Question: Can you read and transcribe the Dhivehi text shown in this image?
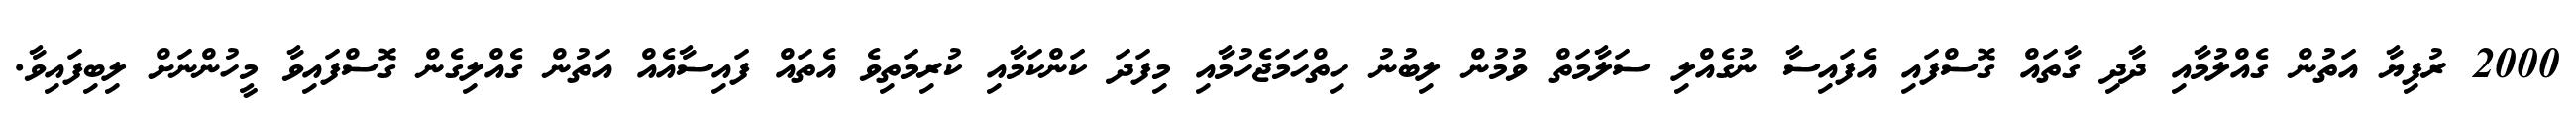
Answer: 2000 ރުފިޔާ އަތުން ގެއްލުމާއި ދާދި ގާތައް ގޮސްފައި އެފައިސާ ނުގެއްލި ސަލާމަތް ވުމުން ލިބުނު ހިތްހަމަޖެހުމާއި މިފަދަ ކަންކަމާއި ކުރިމަތިވެ އެތައް ފައިސާއެއް އަތުން ގެއްލިގެން ގޮސްފައިވާ މީހުންނަށް ލިބިފައިވާ.